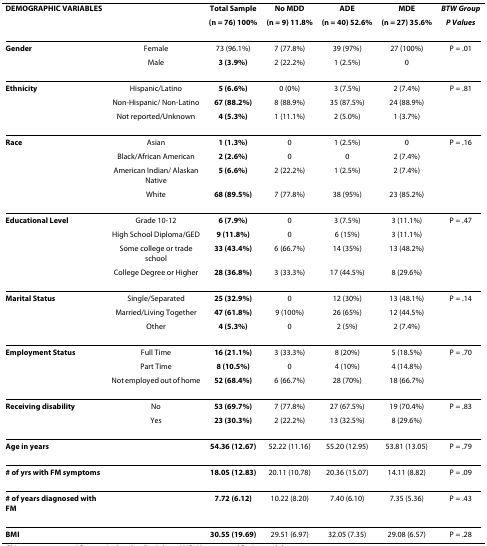
<table><thead><tr><td><b>DEMOGRAPHIC VARIABLES</b></td><td></td><td><b>Total Sample</b></td><td><b>No MDD</b></td><td><b>ADE</b></td><td><b>MDE</b></td><td><b><i>BTW Group</i></b></td></tr><tr><td></td><td></td><td><b>(n = 76) 100%</b></td><td><b>(n = 9) 11.8%</b></td><td><b>(n = 40) 52.6%</b></td><td><b>(n = 27) 35.6%</b></td><td><b><i>P Values</i></b></td></tr></thead><tbody><tr><td><b>Gender</b></td><td>Female</td><td>73 (96.1%)</td><td>7 (77.8%)</td><td>39 (97%)</td><td>27 (100%)</td><td>P = .01</td></tr><tr><td></td><td>Male</td><td><b>3 (3.9%)</b></td><td>2 (22.2%)</td><td>1 (2.5%)</td><td>0</td><td></td></tr><tr><td><b>Ethnicity</b></td><td>Hispanic/Latino</td><td><b>5 (6.6%)</b></td><td>0 (0%)</td><td>3 (7.5%)</td><td>2 (7.4%)</td><td>P = .81</td></tr><tr><td></td><td>Non-Hispanic/ Non-Latino</td><td><b>67 (88.2%)</b></td><td>8 (88.9%)</td><td>35 (87.5%)</td><td>24 (88.9%)</td><td></td></tr><tr><td></td><td>Not reported/Unknown</td><td><b>4 (5.3%)</b></td><td>1 (11.1%)</td><td>2 (5.0%)</td><td>1 (3.7%)</td><td></td></tr><tr><td><b>Race</b></td><td>Asian</td><td><b>1 (1.3%)</b></td><td>0</td><td>1 (2.5%)</td><td>0</td><td>P = .16</td></tr><tr><td></td><td>Black/African American</td><td><b>2 (2.6%)</b></td><td>0</td><td>0</td><td>2 (7.4%)</td><td></td></tr><tr><td></td><td>American Indian/ Alaskan Native</td><td><b>5 (6.6%)</b></td><td>2 (22.2%)</td><td>1 (2.5%)</td><td>2 (7.4%)</td><td></td></tr><tr><td></td><td>White</td><td><b>68 (89.5%)</b></td><td>7 (77.8%)</td><td>38 (95%)</td><td>23 (85.2%)</td><td></td></tr><tr><td><b>Educational Level</b></td><td>Grade 10-12</td><td><b>6 (7.9%)</b></td><td>0</td><td>3 (7.5%)</td><td>3 (11.1%)</td><td>P = .47</td></tr><tr><td></td><td>High School Diploma/GED</td><td><b>9 (11.8%)</b></td><td>0</td><td>6 (15%)</td><td>3 (11.1%)</td><td></td></tr><tr><td></td><td>Some college or trade school</td><td><b>33 (43.4%)</b></td><td>6 (66.7%)</td><td>14 (35%)</td><td>13 (48.2%)</td><td></td></tr><tr><td></td><td>College Degree or Higher</td><td><b>28 (36.8%)</b></td><td>3 (33.3%)</td><td>17 (44.5%)</td><td>8 (29.6%)</td><td></td></tr><tr><td><b>Marital Status</b></td><td>Single/Separated</td><td><b>25 (32.9%)</b></td><td>0</td><td>12 (30%)</td><td>13 (48.1%)</td><td>P = .14</td></tr><tr><td></td><td>Married/Living Together</td><td><b>47 (61.8%)</b></td><td>9 (100%)</td><td>26 (65%)</td><td>12 (44.5%)</td><td></td></tr><tr><td></td><td>Other</td><td><b>4 (5.3%)</b></td><td>0</td><td>2 (5%)</td><td>2 (7.4%)</td><td></td></tr><tr><td><b>Employment Status</b></td><td>Full Time</td><td><b>16 (21.1%)</b></td><td>3 (33.3%)</td><td>8 (20%)</td><td>5 (18.5%)</td><td>P = .70</td></tr><tr><td></td><td>Part Time</td><td><b>8 (10.5%)</b></td><td>0</td><td>4 (10%)</td><td>4 (14.8%)</td><td></td></tr><tr><td></td><td>Not employed out of home</td><td><b>52 (68.4%)</b></td><td>6 (66.7%)</td><td>28 (70%)</td><td>18 (66.7%)</td><td></td></tr><tr><td><b>Receiving disability</b></td><td>No</td><td><b>53 (69.7%)</b></td><td>7 (77.8%)</td><td>27 (67.5%)</td><td>19 (70.4%)</td><td>P = .83</td></tr><tr><td></td><td>Yes</td><td><b>23 (30.3%)</b></td><td>2 (22.2%)</td><td>13 (32.5%)</td><td>8 (29.6%)</td><td></td></tr><tr><td><b>Age in years</b></td><td></td><td><b>54.36 (12.67)</b></td><td>52.22 (11.16)</td><td>55.20 (12.95)</td><td>53.81 (13.05)</td><td>P = .79</td></tr><tr><td><b># of yrs with FM symptoms</b></td><td></td><td><b>18.05 (12.83)</b></td><td>20.11 (10.78)</td><td>20.36 (15.07)</td><td>14.11 (8.82)</td><td>P = .09</td></tr><tr><td><b># of years diagnosed with FM</b></td><td></td><td><b>7.72 (6.12)</b></td><td>10.22 (8.20)</td><td>7.40 (6.10)</td><td>7.35 (5.36)</td><td>P = .43</td></tr><tr><td><b>BMI</b></td><td></td><td><b>30.55 (19.69)</b></td><td>29.51 (6.97)</td><td>32.05 (7.35)</td><td>29.08 (6.57)</td><td>P = .28</td></tr></tbody></table>